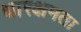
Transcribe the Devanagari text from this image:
धारक्षमता